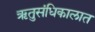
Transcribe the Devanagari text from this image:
ऋतुसंधिकालात